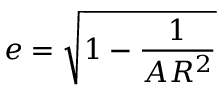
e = \sqrt { 1 - \frac { 1 } { A R ^ { 2 } } }